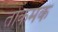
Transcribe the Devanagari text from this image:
तोकमक